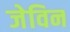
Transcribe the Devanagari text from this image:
जेविन